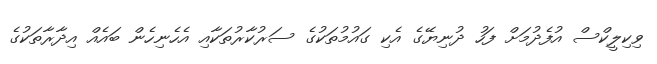
ވިކިލީކްސް އުފެދުމަށް ފަހު ދުނިޔޭގެ އެކި ގައުމުތަކުގެ ސަރުކާރުތަކާއި އެހެނިހެން ބައެއް އިދާރާތަކުގެ